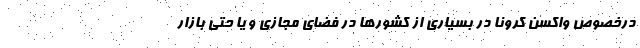
درخصوص واکسن کرونا در بسیاری از کشورها در فضای مجازی و یا حتی بازار